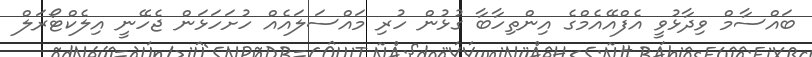
ބައްސާމް ވިދާޅުވީ އެފްއޭއެމްގެ އިންތިހާބާ ގުޅުން ހުރި މައްސަލައެއް ހުށަހަޅަން ޖެހޭނީ އިލެކްޓޯރަލް